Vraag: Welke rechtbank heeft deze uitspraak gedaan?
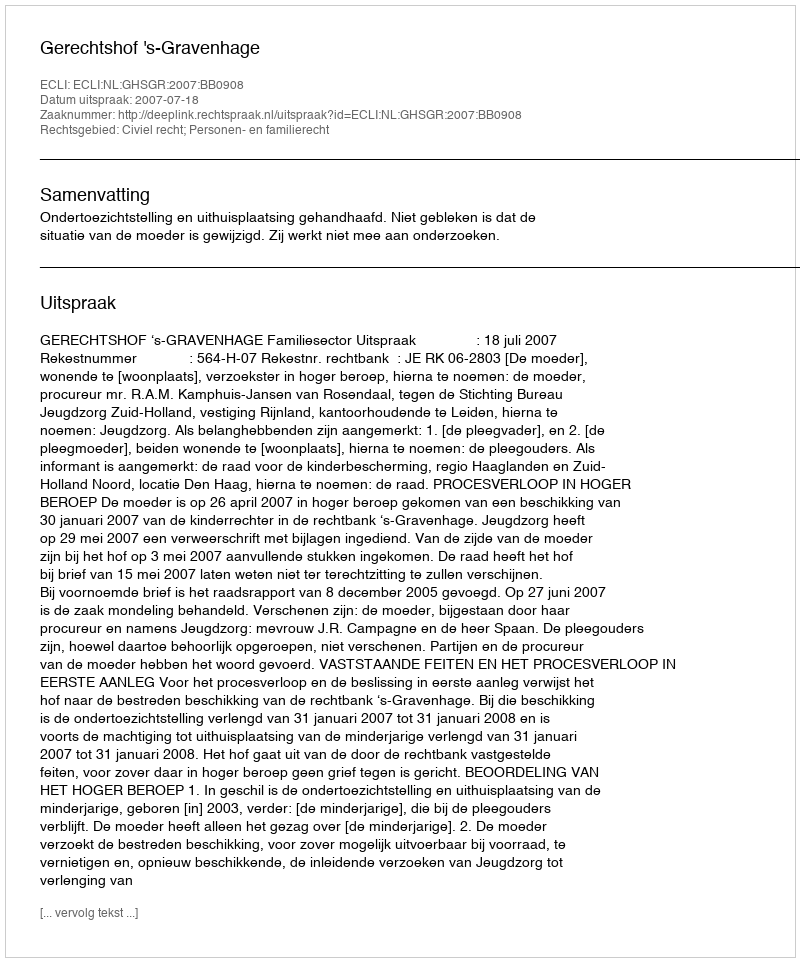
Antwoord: Gerechtshof 's-Gravenhage